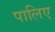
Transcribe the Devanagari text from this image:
पालिए